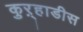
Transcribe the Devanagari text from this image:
कुऱ्हाडीस